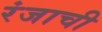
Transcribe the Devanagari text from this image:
रंजाची